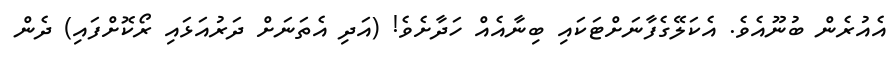
އެއުރެން ބުނޫއެވެ. އެކަލޭގެފާނަށްޓަކައި ބިނާއެއް ހަދާށެވެ! (އަދި އެތަނަށް ދަރުއަޅައި ރޯކޮށްފައި) ދެން